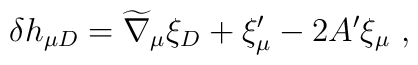
\delta h_{\mu D}={\widetilde \nabla}_\mu \xi_D +\xi_\mu^\prime-2A^\prime \xi_\mu~,